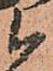
候